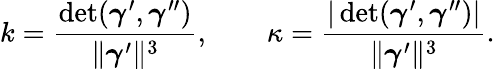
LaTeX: k={\frac{\operatorname*{det}({\boldsymbol{\gamma}}^{\prime},{\boldsymbol{\gamma}}^{\prime\prime})}{\| {\boldsymbol{\gamma}}^{\prime}\| ^{3}}},\qquad\kappa={\frac{|\operatorname*{det}({\boldsymbol{\gamma}}^{\prime},{\boldsymbol{\gamma}}^{\prime\prime})|}{\| {\boldsymbol{\gamma}}^{\prime}\| ^{3}}}.